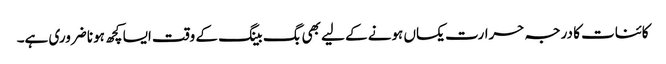
کائنات کا درجہ حرارت یکساں ہونے کے لیے بھی بگ بینگ کے وقت ایسا کچھ ہونا ضروری ہے۔